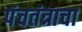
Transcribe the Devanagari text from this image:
पंचतंत्राचा